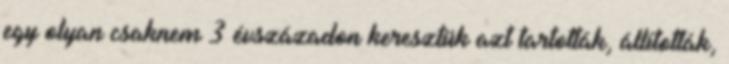
egy olyan csaknem 3 évszázadon keresztük azt tartották, állították,